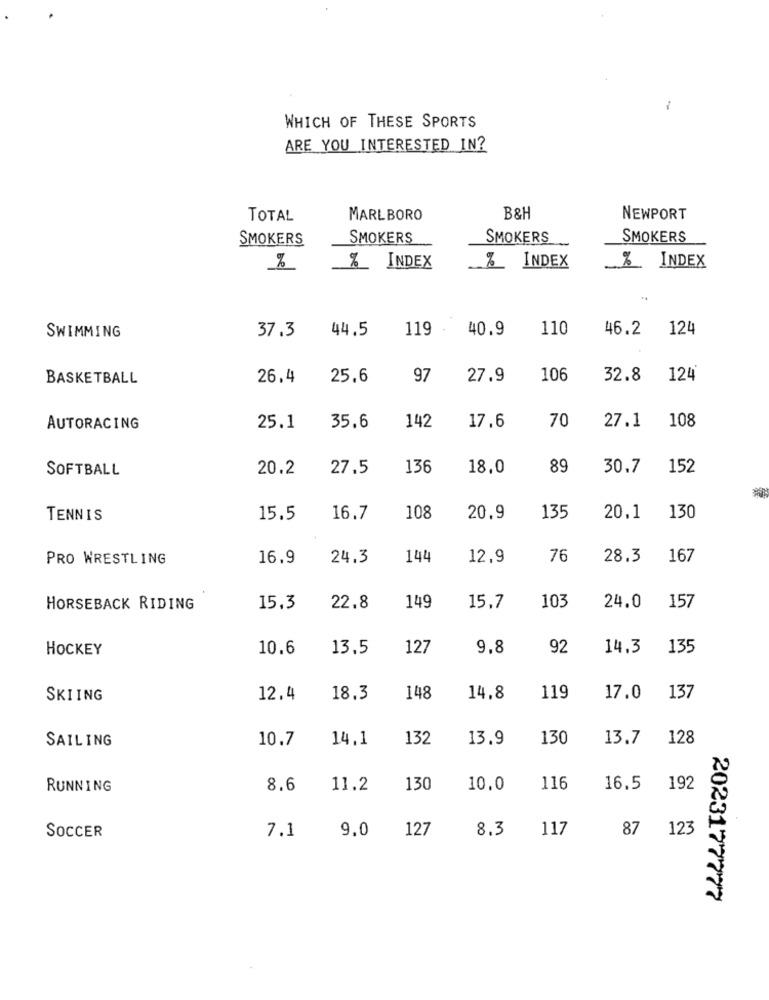
-
WHICH OF THESE SPORTS
ARE YOU INTERESTED IN?
TOTAL
MARLBORO
B&H
NEWPORT
SMOKERS
SMOKERS
SMOKERS
SMOKERS
% INDEX
%
% INDEX
% INDEX
44.5
119 .
40.9
110
46.2
124
SWIMMING
37.3
BASKETBALL
26.4
25.6
97
27.9
106
32.8
124
142
70
27.1
108
AUTORACING
25.1
35.6
17.6
SOFTBALL
20.2
27.5
136
18.0
89
30.7
152
TENNIS
15.5
16.7
108
20.9
135
20.1
130
PRO WRESTLING
16.9
24.3
144
12,9
76
28.3
167
22.8
149
103
157
HORSEBACK RIDING
15.3
15.7
24.0
HOCKEY
10.6
13.5
127
9.8
92
14.3
135
SKIING
12.4
18.3
148
14.8
119
17.0
137
SAILING
10.7
14,1
132
13.9
130
13.7
128
RUNNING
8.6
11.2
130
10.0
116
16.5
192
7.1
9.0
127
8.3
117
87 123
SOCCER
2023177777